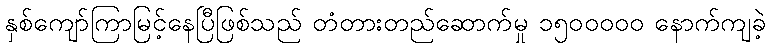
နှစ်ကျော်ကြာမြင့်နေပြီဖြစ်သည် တံတားတည်ဆောက်မှု ၁၅၀၀ဝဝဝ နောက်ကျခဲ့